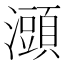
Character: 𤃌